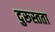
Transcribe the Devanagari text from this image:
दुरूस्तता